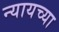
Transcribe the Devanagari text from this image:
न्यायच्या